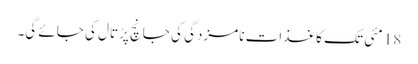
18 مئی تک کاغذات نامزدگی کی جانچ پڑتال کی جائے گی۔